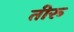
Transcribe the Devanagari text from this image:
तीरू